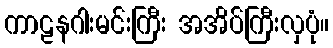
ကာဠနဂါးမင်းကြီး အအိပ်ကြီးလှပုံ။